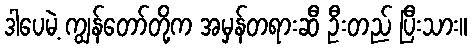
ဒါပေမဲ့ ကျွန်တော်တို့က အမှန်တရားဆီ ဦးတည် ပြီးသား။